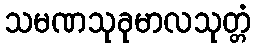
သမဏသုခုမာလသုတ္တံ